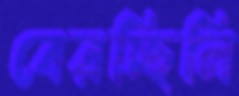
বেরচ্ছিলি